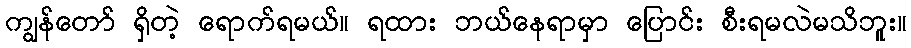
ကျွန်တော် ရှိတဲ့ ရောက်ရမယ်။ ရထား ဘယ်နေရာမှာ ပြောင်း စီးရမလဲမသိဘူး။